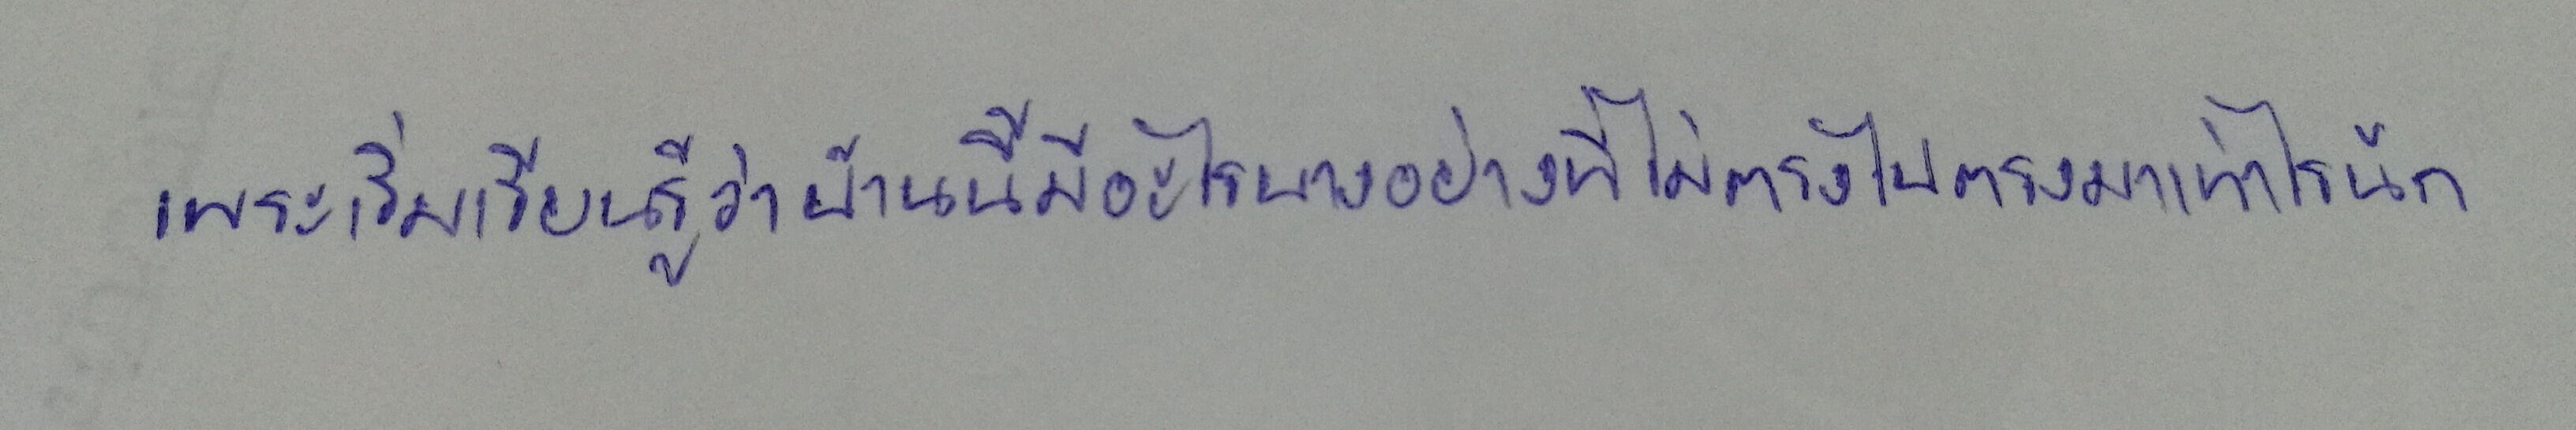
เพราะเริ่มเรียนรู้ว่าบ้านนี้มีอะไรบางอย่างที่ไม่ตรงไปตรงมาเท่าไรนัก